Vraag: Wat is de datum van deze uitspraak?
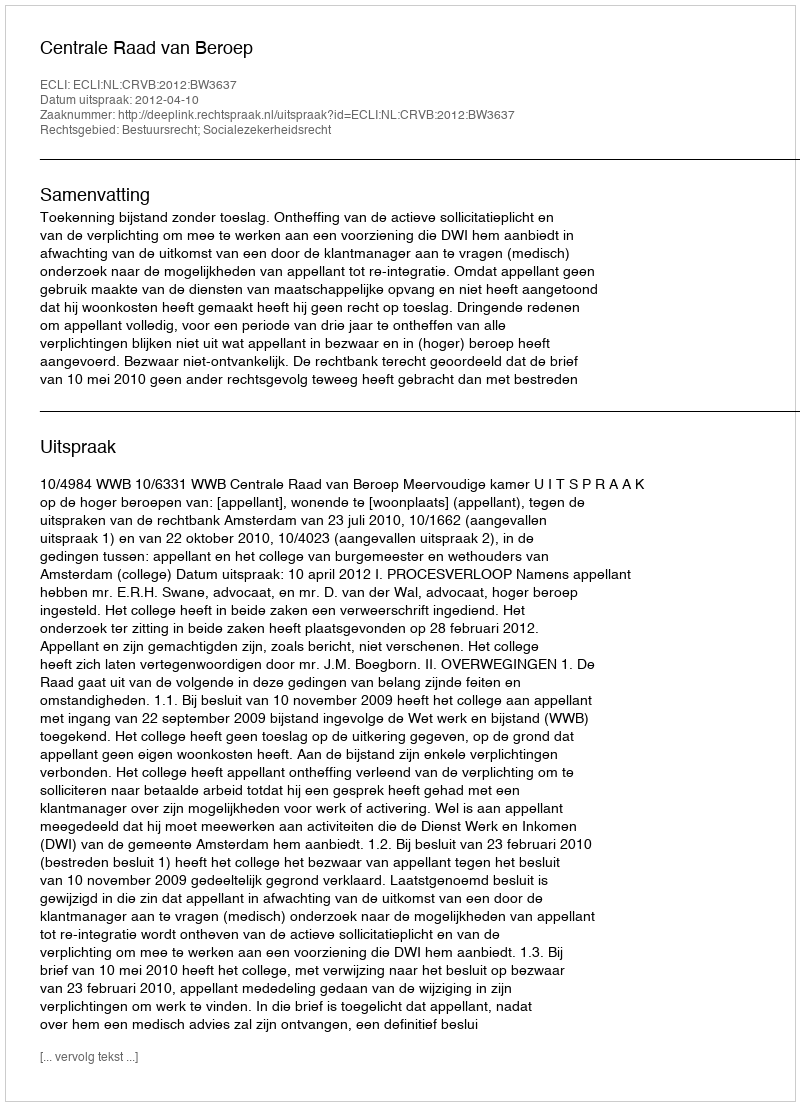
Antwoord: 2012-04-10